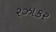
રઝાકર